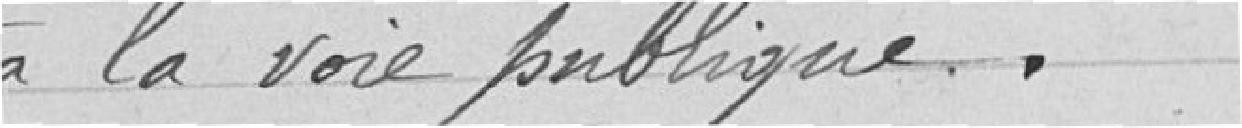
à la voie publique.